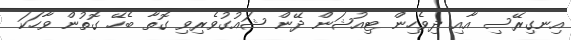
އިނގިރޭސި އާއި ދިވެހިން ޓިއުޝަން ދޭން ޝައުގުވެރިވި ގޮތާ ބެހޭ ގޮތުން ވާހަކަ